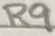
Text: R9